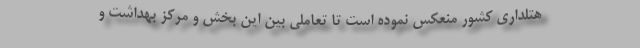
هتلداری کشور منعکس نموده است تا تعاملی بین این بخش و مرکز بهداشت و